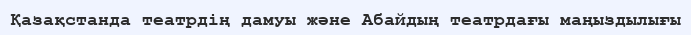
Қазақстанда театрдің дамуы және Абайдың театрдағы маңыздылығы